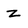
Character: z